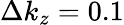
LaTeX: \Delta k_{z}=0.1